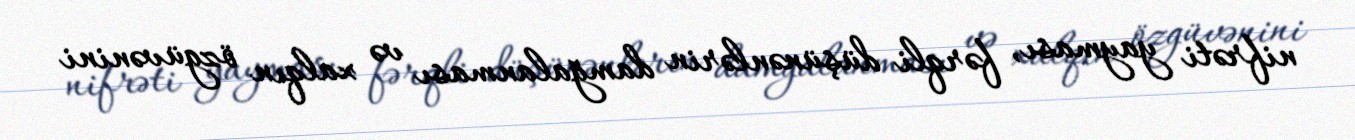
nifrəti yayması, fərqli düşünənlərin damğalanması və xalqın özgüvənini